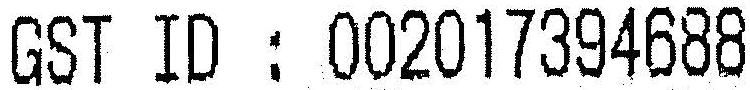
GST ID : 002017394688